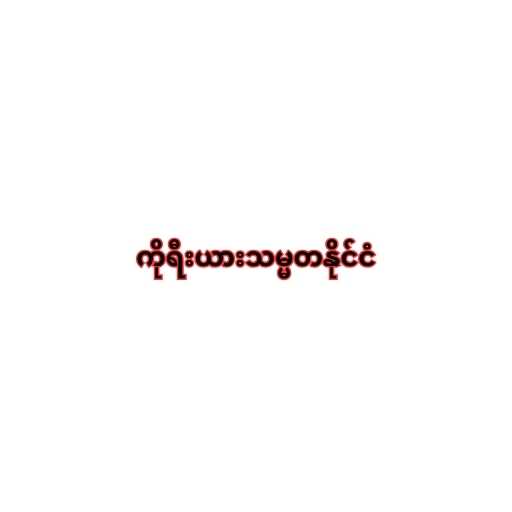
ကိုရီးယားသမ္မတနိုင်ငံ